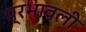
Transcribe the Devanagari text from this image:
प्रभावली